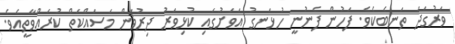
ވަރުގަދަ ތަނބެކެވެ. ފަހުން ފެނުނީ ހުޅަނގު އަވަށުގައި ކުޅިވަރު ދިރުވަން މަސައްކަތް ކުރައްވާތީއެވެ.